Indian journal of veterinary science and animal husbandry - Volume 9,
Year: 1939
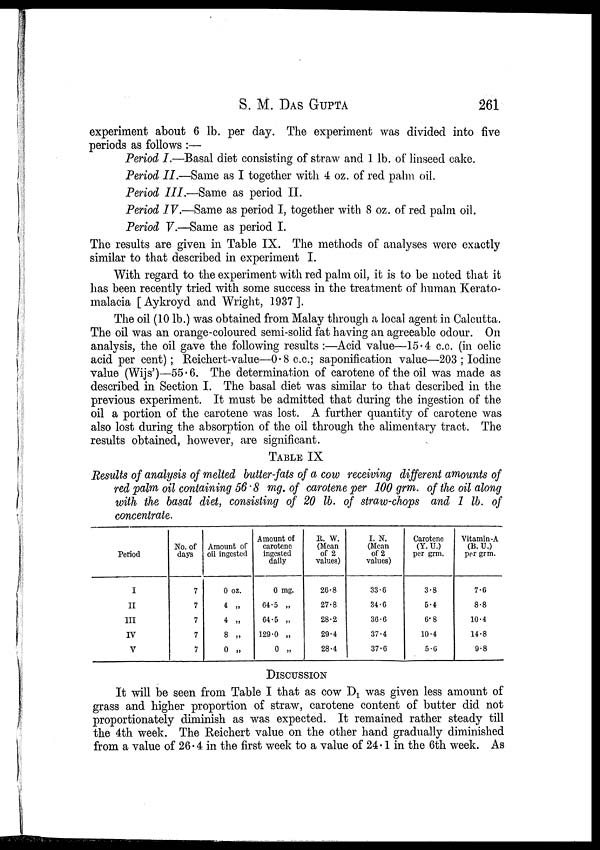
S. M. DAS GUPTA 261
experiment about 6 lb. per day. The experiment was divided into five
periods as follows :—
Period I.—Basal diet consisting of straw and 1 lb. of linseed cake.
Period II.—Same as I together with 4 oz. of red palm oil.
Period III.—Same as period II.
Period IV.—Same as period I, together with 8 oz. of red palm oil.
Period V.—Same as period I.
The results are given in Table IX. The methods of analyses were exactly
similar to that described in experiment I.
With regard to the experiment with red palm oil, it is to be noted that it
has been recently tried with some success in the treatment of human Kerato¬
malacia [Aykroyd and Wright, 1937].
The oil (10 lb.) was obtained from Malay through a local agent in Calcutta.
The oil was an orange-coloured semi-solid fat having an agreeable odour. On
analysis, the oil gave the following results :—Acid value—15.4 c.c. (in oelic
acid per cent) ; Reichert-value—0.8 c.c.; saponification value—203 ; Iodine
value (Wijs')—55.6. The determination of carotene of the oil was made as
described in Section I. The basal diet was similar to that described in the
previous experiment. It must be admitted that during the ingestion of the
oil a portion of the carotene was lost. A further quantity of carotene was
also lost during the absorption of the oil through the alimentary tract. The
results obtained, however, are significant.
TABLE IX
Results of analysis of melted butter-fats of a cow receiving different amounts of
red palm oil containing 56.8 mg. of carotene per 100 grm. of the oil along
with the basal diet, consisting of 20 lb. of straw-chops and 1 lb. of
concentrate.
Period
I
II
III
IV
V
No. of
days
7
7
7
7
7
Amount of
oil ingested
0 oz.
4 „
4 „
8 „
0 „
Amount of
carotene
ingested
daily
0 mg.
64.5 „
64.5 „
129.0 „
0 „
R. W.
(Mean
of 2
values)
26.8
27.8
28.2
29.4
28.4
I. N.
(Mean
of 2
values)
33.6
34.6
36.6
37.4
37.6
Carotene
(Y. U.)
per grm.
3.8
5.4
6.8
10.4
5.6
Vitamin-A
(B. U.)
per grm.
7.6
8.8
10.4
14.8
9.8
DISCUSSION
It will be seen from Table I that as cow D 1 was given less amount of
grass and higher proportion of straw, carotene content of butter did not
proportionately diminish as was expected. It remained rather steady till
the 4th week. The Reichert value on the other hand gradually diminished
from a value of 26.4 in the first week to a value of 24.1 in the 6th week. As